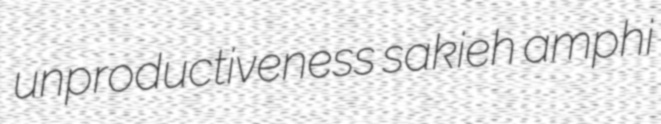
unproductiveness sakieh amphi